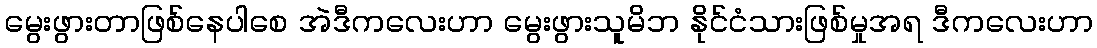
မွေးဖွားတာဖြစ်နေပါစေ အဲဒီကလေးဟာ မွေးဖွားသူမိဘ နိုင်ငံသားဖြစ်မှုအရ ဒီကလေးဟာ